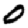
Digit: 0